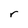
Character: r